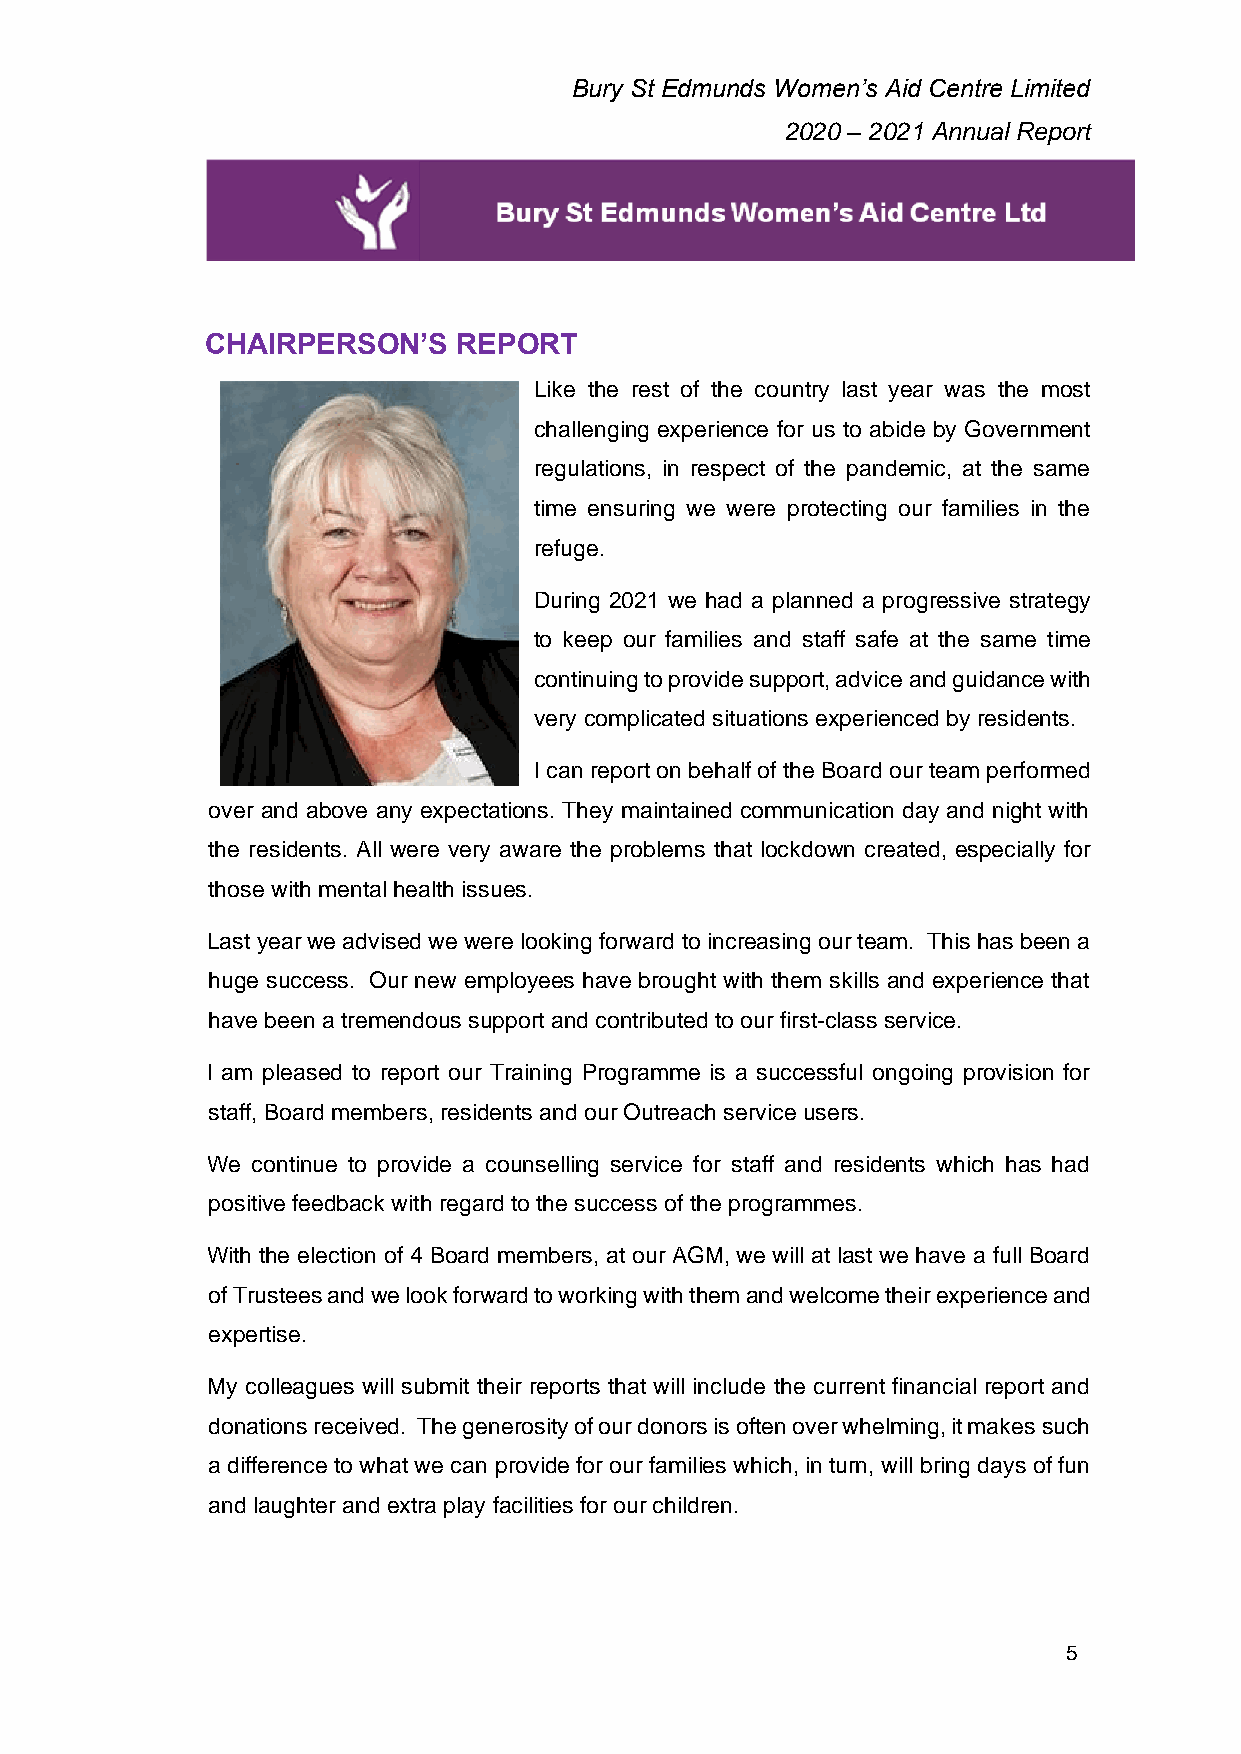
Bury St Edmunds Women’s Aid Centre Limited
 2020 – 2021 Annual Report
 CHAIRPERSON’S   REPORT
 Like the rest of the country last year was the most
 challenging experience for us to abide by Government
 regulations, in respect of the pandemic, at the same
 time ensuring we were protecting our families in the
 refuge.
 During 2021 we had a planned a progressive strategy
 to keep our families and staff safe at the same time
 continuing to provide support, advice and guidance with
 very complicated situations experienced by residents.
 I can report on behalf of the Board our team performed
 over and above any expectations. They maintained communication day and night with
 the residents. All were very aware the problems that lockdown created, especially for
 those with mental health issues.
 Last year we advised we were looking forward to increasing our team. This has been a
 huge success. Our new employees have brought with them skills and experience that
 have been a tremendous support and contributed to our first-class service.
 I am pleased to report our Training Programme is a successful ongoing provision for
 staff, Board members, residents and our Outreach service users.
 We continue to provide a counselling service for staff and residents which has had
 positive feedback with regard to the success of the programmes.
 With the election of 4 Board members, at our AGM, we will at last we have a full Board
 of Trustees and we look forward to working with them and welcome their experience and
 expertise.
 My colleagues will submit their reports that will include the current financial report and
 donations received. The generosity of our donors is often over whelming, it makes such
 a difference to what we can provide for our families which, in turn, will bring days of fun
 and laughter and extra play facilities for our children.
 5